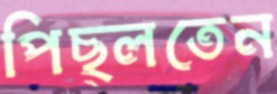
পিছ্‌লতেন